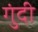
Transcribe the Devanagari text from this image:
गुंदी